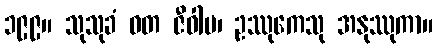
၁၉၉။ သုသုခံ ဝတ ဇီဝါမ၊ ဥဿုကေသု အနုဿုကာ။